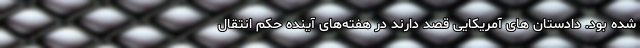
شده بود. دادستان های آمریکایی قصد دارند در هفته‌های آینده حکم انتقال